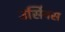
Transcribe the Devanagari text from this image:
उर्सिनस